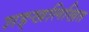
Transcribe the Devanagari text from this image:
शङ्खलिखित